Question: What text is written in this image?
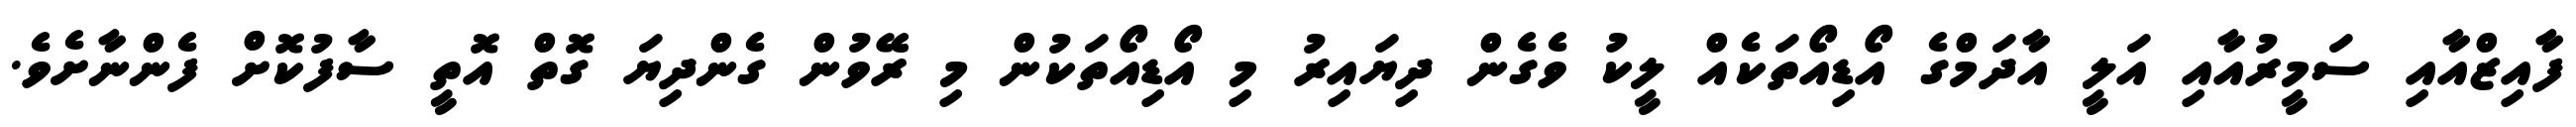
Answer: ފާއިޒްއާއި ސަމީރުއާއި އަލީ އާދަމްގެ އޯޑިއޯތަކެއް ލީކު ވެގެން ދިޔައިރު މި އޯޑިއޯތަކުން މި ރޭވުން ގެންދިޔަ ގޮތް އޮތީ ސާފުކޮށް ފެންނާށެވެ.